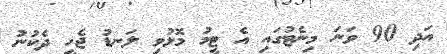
އަދި 90 ވަނަ މިނެޓުގައި އެ ޓީމު މޮޅުވި ލަނޑު ޖެހީ ދެކުނު